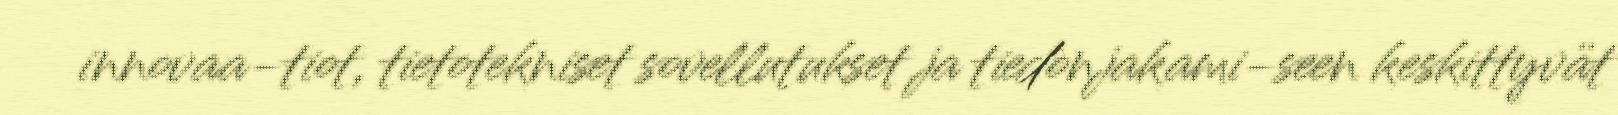
innovaa-tiot, tietotekniset sovellutukset ja tiedonjakami-seen keskittyvät